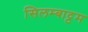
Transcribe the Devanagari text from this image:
सिलम्बाट्टम